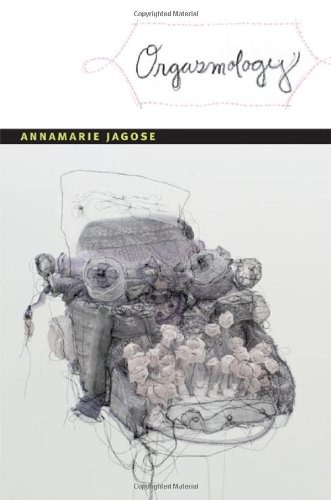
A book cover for Orgasmology (Next Wave: New Directions in Women's Studies); Annamarie Jagose; Gay & Lesbian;